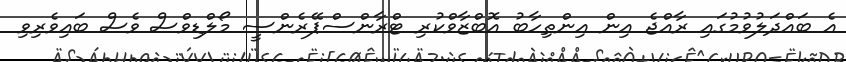
އެ ބައްދަލުވުމުގައި ރާއްޖެ އިން އިންތިހާބު އޮބްޒާވްކުރި ޓްރާންސްޕޭރެންސީ މޯލްޑިވްސް ވެސް ބައިވެރިވި